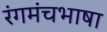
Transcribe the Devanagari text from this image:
रंगमंचभाषा